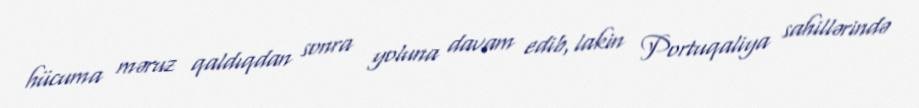
hücuma məruz qaldıqdan sonra yoluna davam edib, lakin Portuqaliya sahillərində